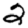
Digit: 2